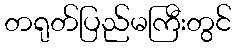
တရုတ်ပြည်မကြီးတွင်